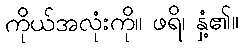
ကိုယ်အလုံးကို။ ဖရိ၊ နှံ့၏။